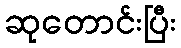
ဆုတောင်းပြီး